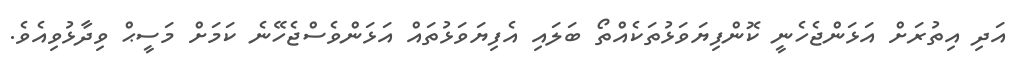
އަދި އިތުރަށް އަޅަންޖެހެނީ ކޮންފިޔަވަޅުތަކެއްތޯ ބަލައި އެފިޔަވަޅުތައް އަޅަންވެސްޖެހޭނެ ކަމަށް މަސީޙް ވިދާޅުވިއެވެ.